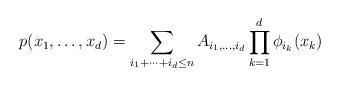
LaTeX: \begin{align*} p(x_1,\ldots,x_d) = \sum_{i_1+\cdots+i_d\leq n} A_{i_1,\ldots,i_d} \prod_{k=1}^d \phi_{i_k}(x_k) \end{align*}